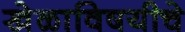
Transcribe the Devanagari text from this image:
खेळाविषयीचे